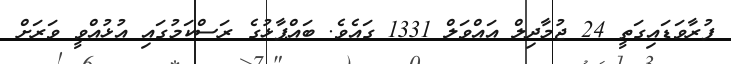
ފުރާވަޑައިގަތީ 24 ޖުމާދިލް އައްވަލް 1331 ގައެވެ. ބައްޕާޅުގެ ރަސްކަމުގައި އުޅުއްވީ ވަރަށް